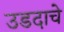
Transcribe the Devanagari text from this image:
उडदाचे